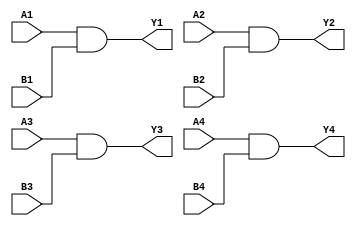
`timescale 1ns / 1ps
//////////////////////////////////////////////////////////////////////////////////
// Company: Xilinx
// 
// Design Name: digital_base_IP
// Module Name: four_2_input_and_gate
// Project Name: 74LS04
// Target Devices: Basys3
// Tool Versions: 
// Description: 
// 
// Dependencies: 
// 
// Revision:
// Revision 0.01 - File Created
// Additional Comments:
// 
//////////////////////////////////////////////////////////////////////////////////


module four_2_input_and_gate#(parameter Delay = 0)(
    input wire A1,B1,A2,B2,A3,B3,A4,B4,
    output wire Y1,Y2,Y3,Y4
    );
    
    and #Delay (Y1,A1,B1);
    and #Delay (Y2,A2,B2);
    and #Delay (Y3,A3,B3);
    and #Delay (Y4,A4,B4);
    
endmodule